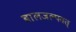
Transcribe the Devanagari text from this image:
बालजल्पवत्